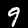
Digit: 9